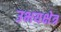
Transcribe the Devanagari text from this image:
उभयक्षेत्र